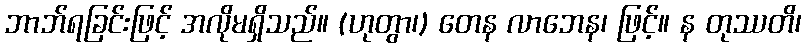
ဘာဘ်ရခြင်းဖြင့် အလိုမရှိသည်။ (ဟုတွာ၊) တေန လာဘေန၊ ဖြင့်။ န တုဿတိ၊